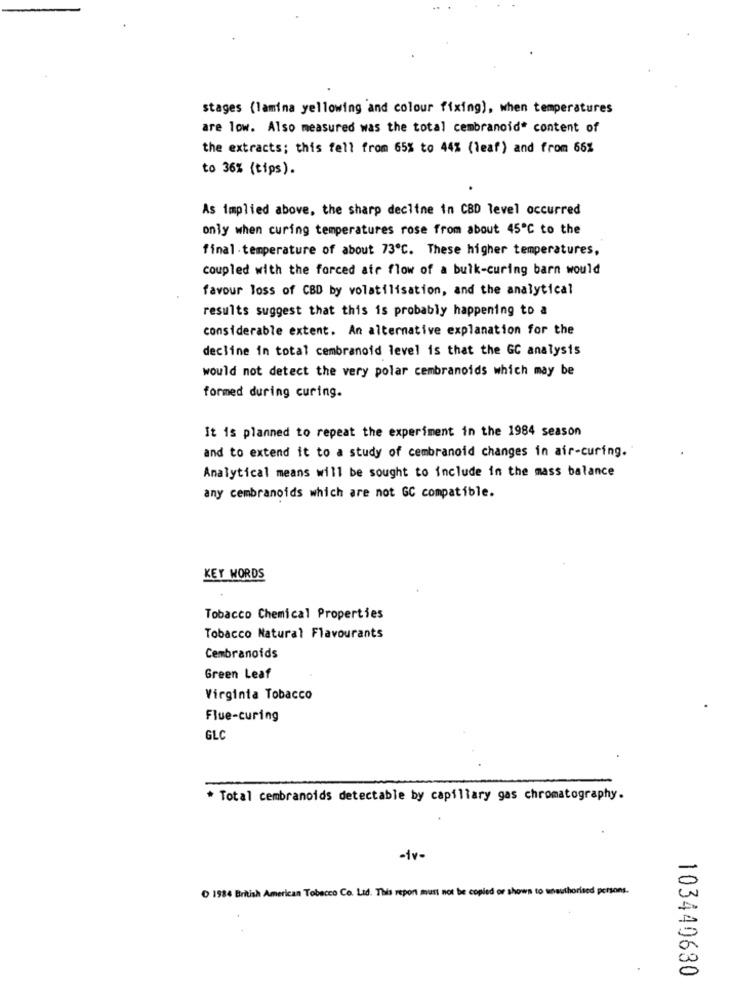
stages (lamina yellowing and colour fixing), when temperatures
are low. Also measured was the total cembranoid" content of
the extracts; this fell from 65% to 44% (leaf) and from 66%
to 36% (tips).
As implied above, the sharp decline in CBD level occurred
only when curing temperatures rose from about 45℃ to the
final temperature of about 73º℃. These higher temperatures,
coupled with the forced air flow of a bulk-curing barn would
favour loss of CBD by volatilisation, and the analytical
results suggest that this is probably happening to a
considerable extent. An alternative explanation for the
decline in total cembranoid level is that the GC analysis
would not detect the very polar cembranoids which may be
formed during curing.
It is planned to repeat the experiment in the 1984 season
and to extend it to a study of cembranoid changes in air-curing.
Analytical means will be sought to include in the mass balance
any cembranoids which are not GC compatible.
KEY WORDS
Tobacco Chemical Properties
Tobacco Natural Flavourants
Cembranoids
Green Leaf
Virginia Tobacco
Flue-curing
GLC
* Total cembranoids detectable by capillary gas chromatography.
-iv-
1984 British American Tobacco Co. Ltd. This report must not be copied or shown to unauthorised persons.
103440630